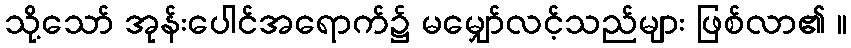
သို့သော် အုန်းပေါင်အရောက်၌ မမျှော်လင့်သည်များ ဖြစ်လာ၏ ။